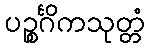
ပဉ္စင်္ဂိကသုတ္တံ